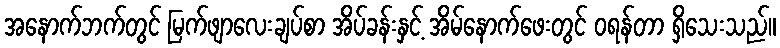
အနောက်ဘက်တွင် မြက်ဖျာလေးချပ်စာ အိပ်ခန်းနှင့် အိမ်နောက်ဖေးတွင် ဝရန်တာ ရှိသေးသည်။